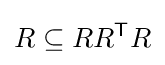
R\subseteq RR^{\textsf {T}}R